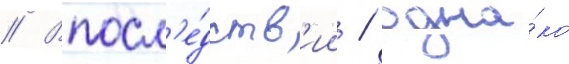
// Впосл'е́дств'ии / одна́ко